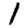
Digit: 1